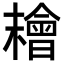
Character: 𣞄